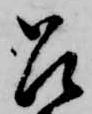
召